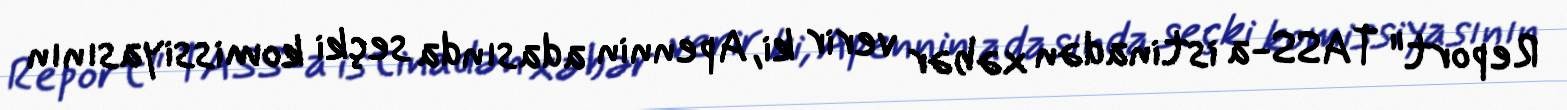
Report" TASS-a istinadən xəbər verir ki, Apennin adasında seçki komissiyasının